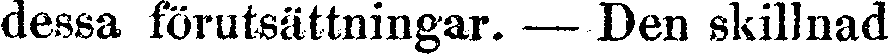
dessa förutsättningar. — Den skillnad